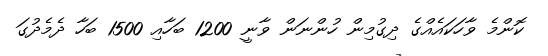
ކޮންމެ ވާހަކައެއްގެ ދިގުމިން ހުންނަން ވާނީ 1200 ބަހާއި 1500 ބަހާ ދެމެދުގަ